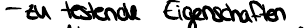
- zu testende Eigenschaften